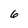
Character: 6